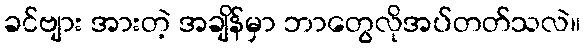
ခင်ဗျား အားတဲ့ အချိန်မှာ ဘာတွေလိုအပ်တတ်သလဲ။